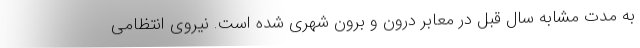
به مدت مشابه سال قبل در معابر درون و برون شهری شده است. نیروی انتظامی